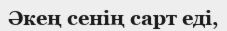
Әкең сенің сарт еді,